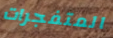
المتفجرات